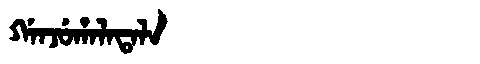
Manchu: ᡤᠠᠨᠵᡠᡥᠠᠯᠠᡨᠠᠯᠠ
Romanization: GANJUHALATALA